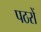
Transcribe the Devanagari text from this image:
पठरों